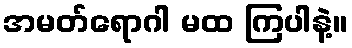
အမတ်ရောဂါ မထ ကြပါနဲ့။